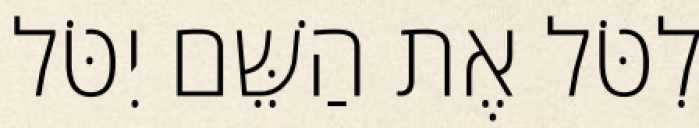
לִטֹּל אֶת הַשֵּׁם יִטֹּל